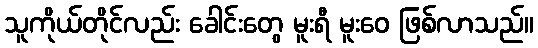
သူကိုယ်တိုင်လည်း ခေါင်းတွေ မူးရီ မူးဝေ ဖြစ်လာသည်။